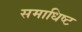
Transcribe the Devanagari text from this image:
समाधिष्ट